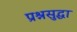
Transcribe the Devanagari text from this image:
प्रश्नसुद्धा